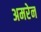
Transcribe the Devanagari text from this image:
अमरेन